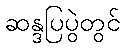
ဆန္ဒပြပွဲတွင်